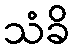
သံခိ